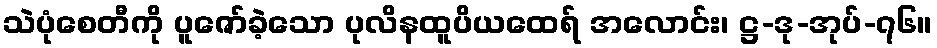
သဲပုံစေတီကို ပူဇော်ခဲ့သော ပုလိနထူပိယထေရ် အလောင်း၊ ဋ္ဌ-ဒု-အုပ်-၇၆။